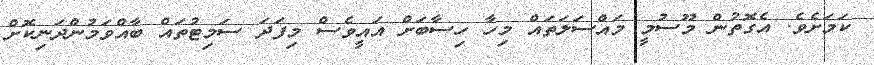
ކަމަށެވެ. އެގޮތުން މޫސުމީ މައްސަލަތައް މިހާ ހިސާބަށް އައީވެސް މިފަދަ ސަމިޓުތައް ބާއްވަމުންދަނިކޮށް